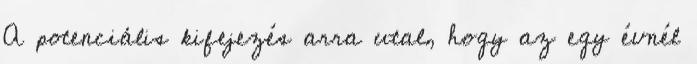
A potenciális kifejezés arra utal, hogy az egy évnél